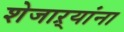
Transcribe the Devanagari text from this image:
शेजाऱ्यांना